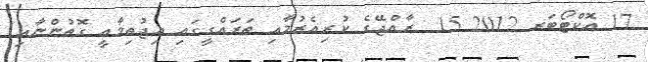
17 އޮކްޓޯބަރ 2012 15  ރާއްޖޭގެ ކުރިއެރުމާއި ތަރައްގީގައި އިޖުތިމާއީ ގޮތުންނާއި